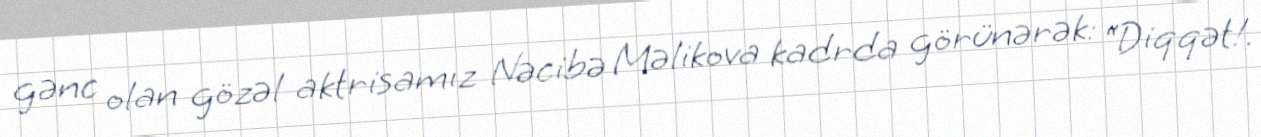
gənc olan gözəl aktrisamız Nəcibə Məlikova kadrda görünərək: “Diqqət!.